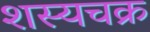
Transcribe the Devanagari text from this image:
शस्यचक्र